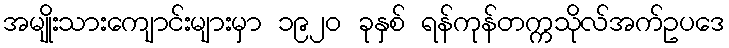
အမျိုးသားကျောင်းများမှာ ၁၉၂၀ ခုနှစ် ရန်ကုန်တက္ကသိုလ်အက်ဥပဒေ